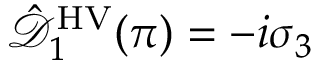
\hat { \mathcal { D } } _ { 1 } ^ { \mathrm { H V } } ( \pi ) = - i \sigma _ { 3 }